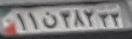
۱۱ن۳۸۲۳۳